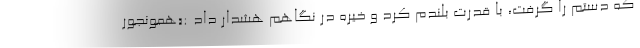
که دستم را گرفت، با قدرت بلندم کرد و خیره در نگاهم هشدار داد :«همونجور